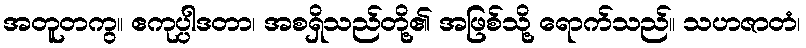
အတူတကွ။ ဧကုပ္ပါဒတာ၊ အစရှိသည်တို့၏ အဖြစ်သို့ ရောက်သည်။ သဟဇာတံ၊